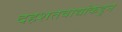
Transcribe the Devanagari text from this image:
दहशतवाद्यांकडुन